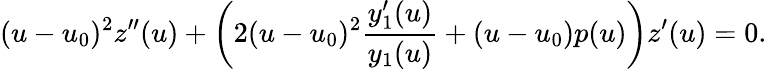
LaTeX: (u-u_{0})^{2}z^{\prime\prime}(u)+\left(2(u-u_{0})^{2}\frac{y_{1}^{\prime}(u)}{y_{1}(u)}+(u-u_{0})p(u)\right)z^{\prime}(u)=0.